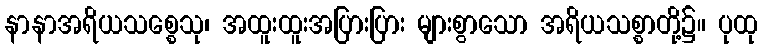
နာနာအရိယသစ္စေသု၊ အထူးထူးအပြားပြား များစွာသော အရိယသစ္စာတို့၌။ ပုထု